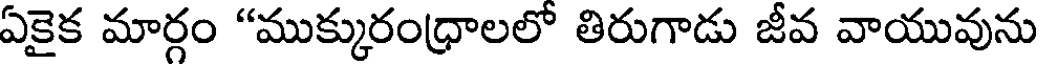
ఏకైక మార్గం "ముక్కురంధ్రాలలో తిరుగాడు జీవ వాయువును